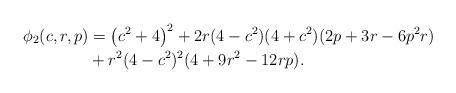
LaTeX: \begin{align*}\phi_2(c,r,p) &=\left(c^2+4\right)^2+2r(4-c^2)(4+c^2)(2p+3r-6p^2r) \\&+r^2(4-c^2)^2(4+9r^2-12rp).\end{align*}